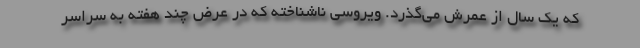
که یک سال از عمرش می‌گذرد. ویروسی ناشناخته که در عرض چند هفته به سراسر